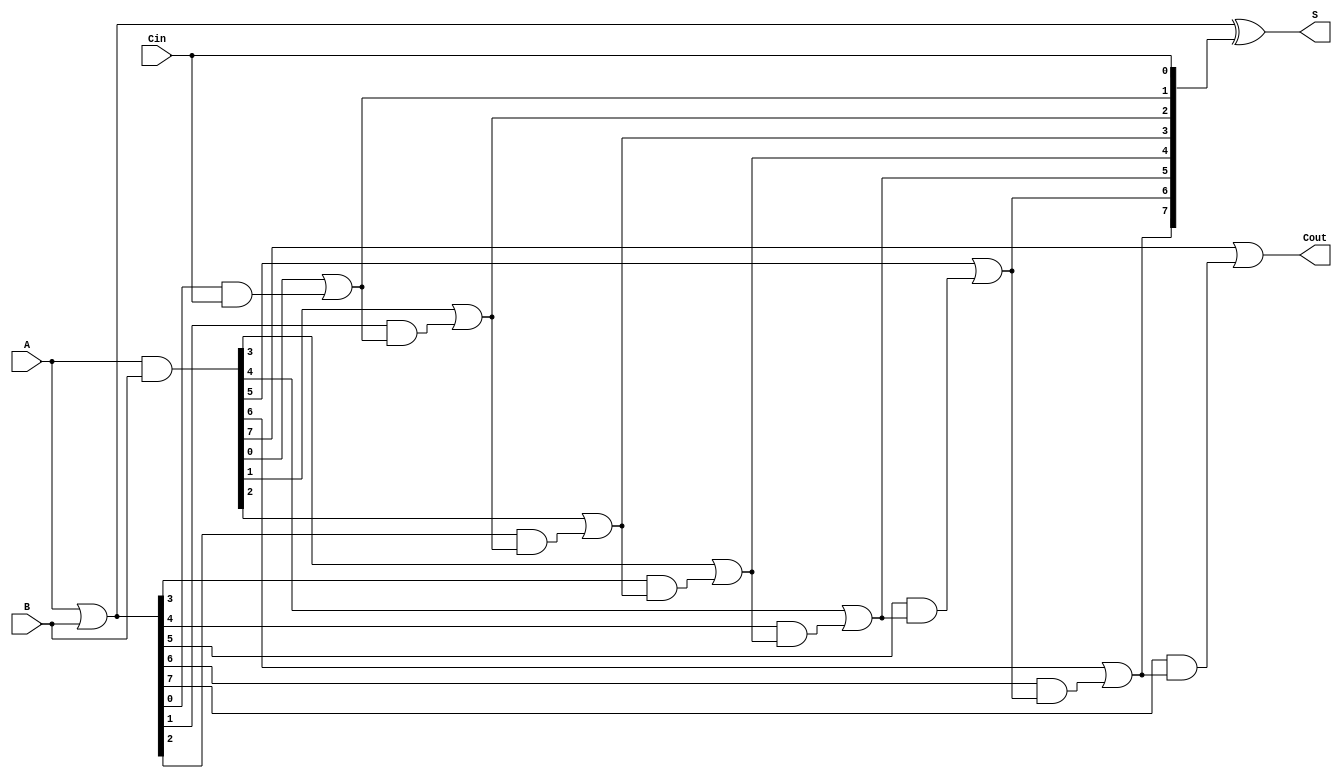
module VariableLatencyCLA #(parameter n = 8) (
    input [n-1:0] A,         // First input
    input [n-1:0] B,         // Second input
    input Cin,               // Carry-in
    output [n-1:0] S,        // Sum output
    output Cout              // Carry-out
);

    wire [n-1:0] G;         // Generate signals
    wire [n-1:0] P;         // Propagate signals
    wire [n:0] C;           // Carry signals for n bits

    // Generate and propagate logic
    assign G = A & B;         // Generate: G[i] = A[i] & B[i]
    assign P = A | B;         // Propagate: P[i] = A[i] | B[i]

    // Carry generation logic
    assign C[0] = Cin;        // Initial carry-in
    genvar i;
    generate
        for (i = 0; i < n; i = i + 1) begin : carry_generation
            assign C[i + 1] = G[i] | (P[i] & C[i]);
        end
    endgenerate

    // Sum calculation
    assign S = P ^ C[n-1:0];  // S[i] = P[i] ^ C[i]

    // Final carry-out
    assign Cout = C[n];       // Cout = C[n]

    // Optional: Control logic for variable latency (not implemented directly)
    // This can be customized based on your specific application requirements.
    // For demonstration, you might include code here 
    // that selects between different latency configurations.

endmodule